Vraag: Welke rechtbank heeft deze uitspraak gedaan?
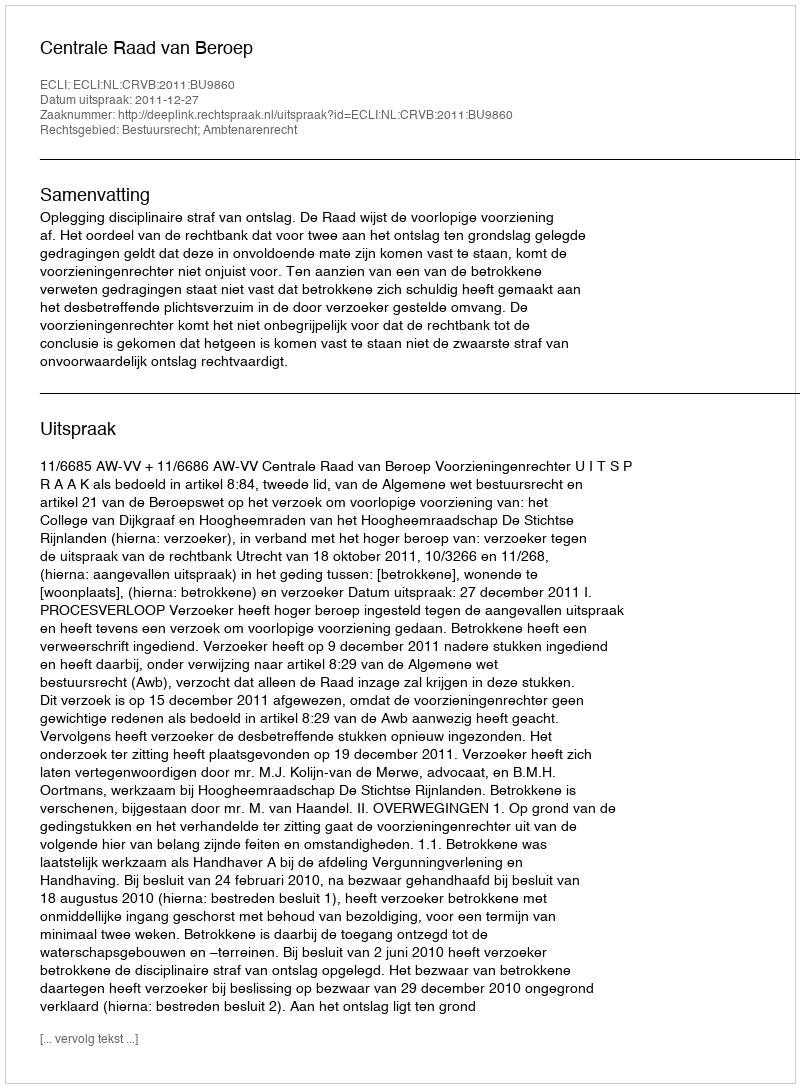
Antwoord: Centrale Raad van Beroep